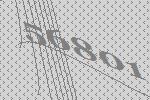
56801